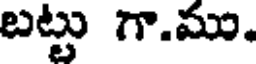
బట్టు గా.ము.